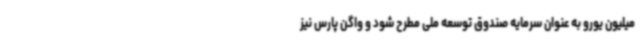
میلیون یورو به عنوان سرمایه صندوق توسعه ملی مطرح شود و واگن پارس نیز